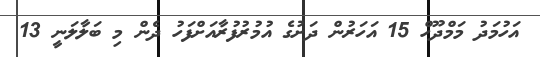
އަހުމަދު މަމްދޫހް 15 އަހަރުން ދަށުގެ އުމުރުފުރާއަށްފަހު ދެން މި ބަލާލަނީ 13